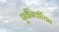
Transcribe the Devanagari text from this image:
पूर्वनिर्वाचित